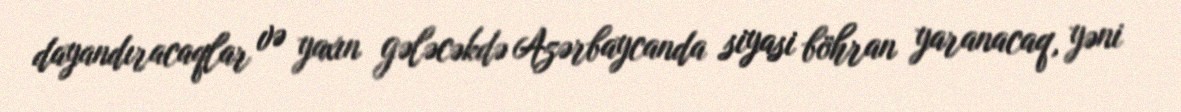
dayandıracaqlar və yaxın gələcəkdə Azərbaycanda siyasi böhran yaranacaq, yəni